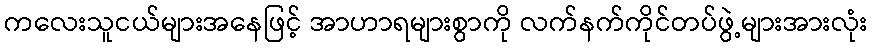
ကလေးသူငယ်များအနေဖြင့် အာဟာရများစွာကို လက်နက်ကိုင်တပ်ဖွဲ့များအားလုံး